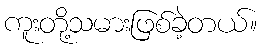
ကူးတို့သမားဖြစ်ခဲ့တယ်။